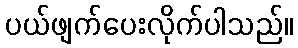
ပယ်ဖျက်ပေးလိုက်ပါသည်။